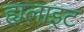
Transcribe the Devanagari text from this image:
ह्यलाइट